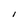
Character: l